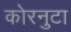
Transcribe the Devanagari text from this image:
कोरनुटा